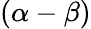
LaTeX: (\alpha-\beta)